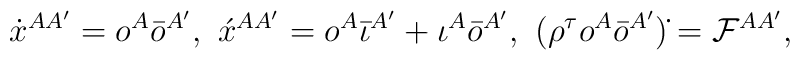
\dot{x}^{AA'} = o^A \bar{o}^{A'}, \,\,\acute{x}^{AA'}= o^A \bar{\iota}^{A'} + \iota^A \bar{o}^{A'},\,\,(\rho^\tau o^A\bar{o}^{A'})\dot{} = {\cal F}^{AA'},